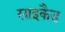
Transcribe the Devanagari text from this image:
साइकैड